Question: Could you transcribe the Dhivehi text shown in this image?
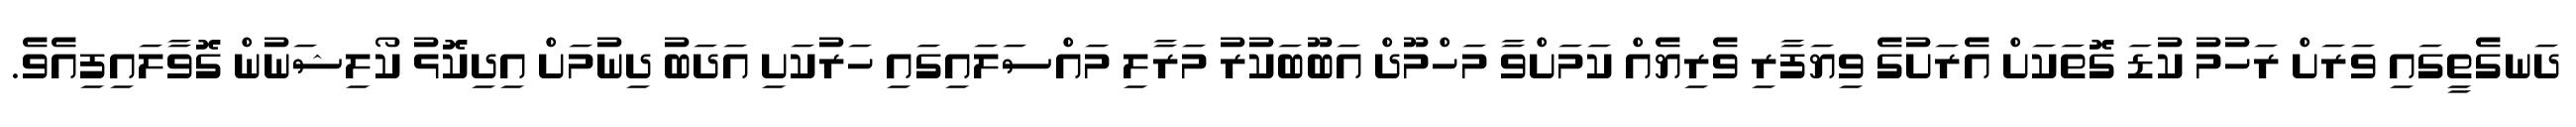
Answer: ދަނގެތީގައި ވަރަށް ރަހުމު ކުޑަ ގޮތަކަށް އެރަށުގެ ވިޔަފާރި ވެރިޔެއް ކަމަށްވާ މަހްމޫދް އަބޫބަކުރު މަރާލި މައްސަލައިގައި ހަރުކަށި އަދަބު ދިނުމަށް އިދިކޮޅު ކޯލިޝަނުން ގޮވާލައިފިއެވެ.